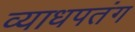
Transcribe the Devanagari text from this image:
व्याधपतंग